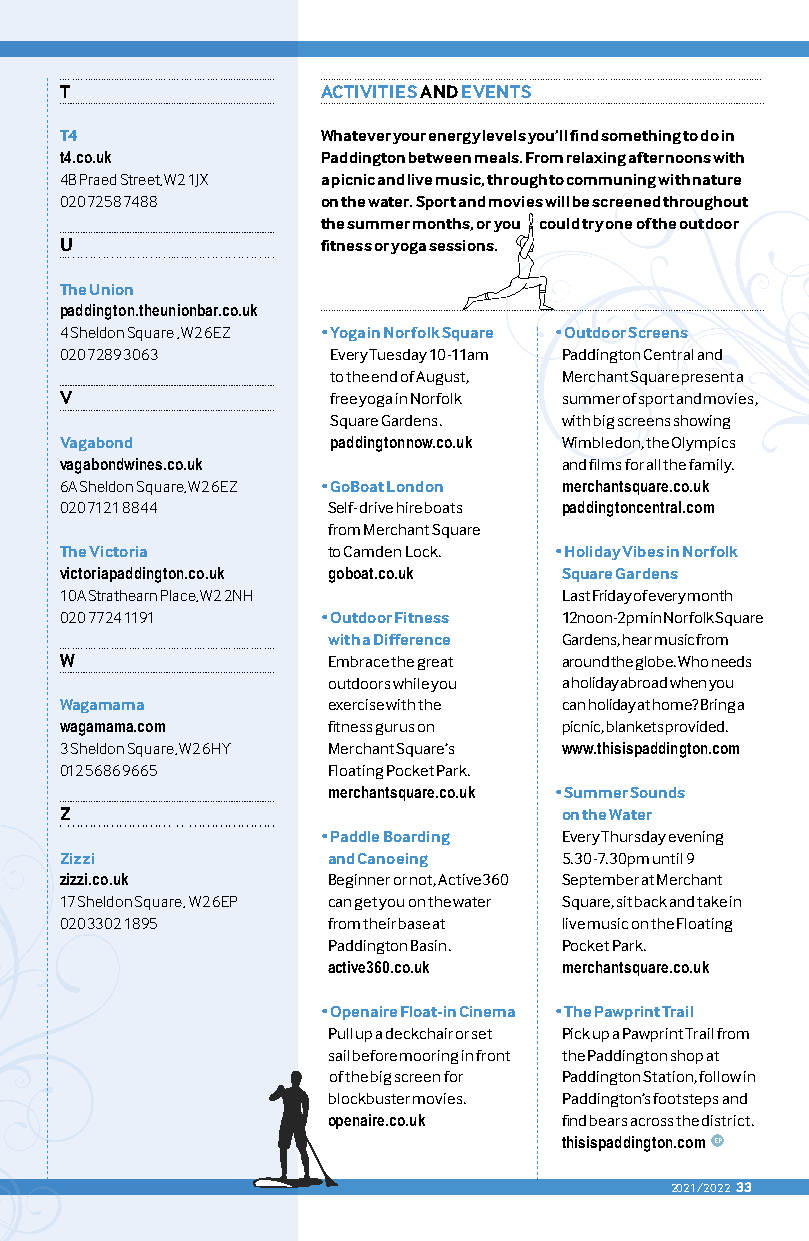
T                ACTIVITIES AND EVENTS
 T4               Whatever your energy levels you’ll find something to do in
 t4.co.uk         Paddington between meals. From relaxing afternoons with
 4B Praed Street, W2 1JX a picnic and live music, through to communing with nature
 020 7258 7488    on the water. Sport and movies will be screened throughout
 the summer months, or you could try one of the outdoor
 U                fitness or yoga sessions.
 The Union
 paddington.theunionbar.co.uk
 4 Sheldon Square , W2 6EZ • Yoga in Norfolk Square • Outdoor Screens
 020 7289 3063     Every Tuesday 10-11am Paddington Central and
 to the end of August, Merchant Square present a
 V                 free yoga in Norfolk summer of sport and movies,
 Square Gardens. with big screens showing
 Vagabond          paddingtonnow.co.uk Wimbledon, the Olympics
 vagabondwines.co.uk              and films for all the family.
 6A Sheldon Square, W2 6EZ • GoBoat London merchantsquare.co.uk
 020 7121 8844     Self-drive hire boats paddingtoncentral.com
 from Merchant Square
 The Victoria      to Camden Lock. • Holiday Vibes in Norfolk
 victoriapaddington.co.uk goboat.co.uk Square Gardens
 10A Strathearn Place, W2 2NH     Last Friday of every month
 020 7724 1191    • Outdoor Fitness 12noon-2pm in Norfolk Square
 with a Difference Gardens, hear music from
 W                 Embrace the great around the globe. Who needs
 outdoors while you a holiday abroad when you
 Wagamama          exercise with the can holiday at home? Bring a
 wagamama.com      fitness gurus on picnic, blankets provided.
 3 Sheldon Square, W2 6HY Merchant Square’s www.thisispaddington.com
 012 5686 9665     Floating Pocket Park.
 merchantsquare.co.uk • Summer Sounds
 Z                                on the Water
 • Paddle Boarding Every Thursday evening
 Zizzi             and Canoeing   5.30-7.30pm until 9
 zizzi.co.uk       Beginner or not, Active360 September at Merchant
 17 Sheldon Square, W2 6EP can get you on the water Square, sit back and take in
 020 3302 1895     from their base at live music on the Floating
 Paddington Basin. Pocket Park.
 active360.co.uk merchantsquare.co.uk
 • Openaire Float-in Cinema • The Pawprint Trail
 Pull up a deckchair or set Pick up a Pawprint Trail from
 sail before mooring in front the Paddington shop at
 of the big screen for Paddington Station, follow in
 blockbuster movies. Paddington’s footsteps and
 openaire.co.uk find bears across the district.
 thisispaddington.com EP
 2021/2022 33